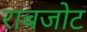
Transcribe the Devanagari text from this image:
राबजोट